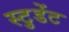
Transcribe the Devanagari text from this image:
स्टु़डेंट